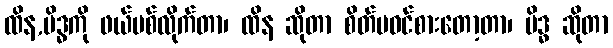
ထိန,မိဒ္ဓကို ဖယ်ပစ်လိုက်တာ၊ ထိန ဆိုတာ စိတ်မဝင်စားတော့တာ၊ မိဒ္ဓ ဆိုတာ